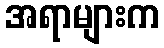
အရာများက